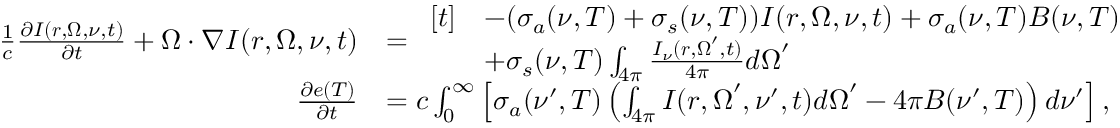
\begin{array} { r l } { \frac { 1 } { c } \frac { \partial I ( \boldsymbol { r } , \boldsymbol { \Omega } , \nu , t ) } { \partial t } + \boldsymbol { \Omega \cdot \nabla } I ( \boldsymbol { r } , \boldsymbol { \Omega } , \nu , t ) } & { = \begin{array} { r l } { [ t ] } & { - ( \sigma _ { a } ( \nu , T ) + \sigma _ { s } ( \nu , T ) ) I ( \boldsymbol { r } , \boldsymbol { \Omega } , \nu , t ) + \sigma _ { a } ( \nu , T ) B ( \nu , T ) } \\ & { + \sigma _ { s } ( \nu , T ) \int _ { 4 \pi } \frac { I _ { \nu } ( \boldsymbol { r } , \boldsymbol { \Omega } ^ { \prime } , t ) } { 4 \pi } \boldsymbol { d \Omega } ^ { \prime } } \end{array} } \\ { \frac { \partial e ( T ) } { \partial t } } & { = c \int _ { 0 } ^ { \infty } \left[ \sigma _ { a } ( \nu ^ { \prime } , T ) \left( \int _ { 4 \pi } I ( \boldsymbol { r } , \boldsymbol { \Omega } ^ { \prime } , \nu ^ { \prime } , t ) \boldsymbol { d \Omega } ^ { \prime } - 4 \pi B ( \nu ^ { \prime } , T ) \right) d \nu ^ { \prime } \right] , } \end{array}